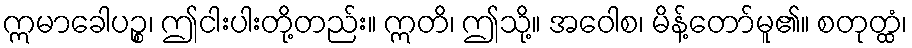
ဣမာခေါပဉ္စ၊ ဤငါးပါးတို့တည်း။ ဣတိ၊ ဤသို့။ အဝေါစ၊ မိန့်တော်မူ၏။ စတုတ္ထံ၊